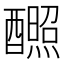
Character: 𬪸